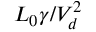
L _ { 0 } \gamma / V _ { d } ^ { 2 }